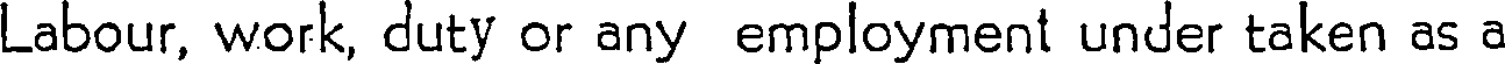
Labour, work, duty or any employment under taken as a